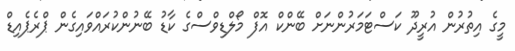
މީގެ އިތުރުން އުރީދޫ ކަސްޓަމަރުންނަށް ބޭންކް އޮފް މޯލްޑިވްސްގެ ކާޑު ބޭނުންކުރައްވައިގެން ޕްރެޕެއިޑް